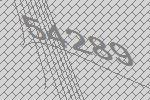
54289